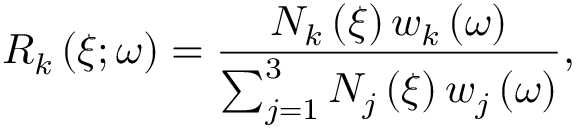
R _ { k } \left( \xi ; \omega \right) = \frac { N _ { k } \left( \xi \right) w _ { k } \left( \omega \right) } { \sum _ { j = 1 } ^ { 3 } N _ { j } \left( \xi \right) w _ { j } \left( \omega \right) } ,